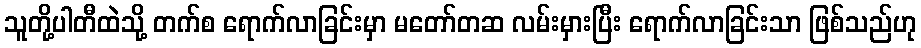
သူတို့ပါတီထဲသို့ တက်စ ရောက်လာခြင်းမှာ မတော်တဆ လမ်းမှားပြီး ရောက်လာခြင်းသာ ဖြစ်သည်ဟု